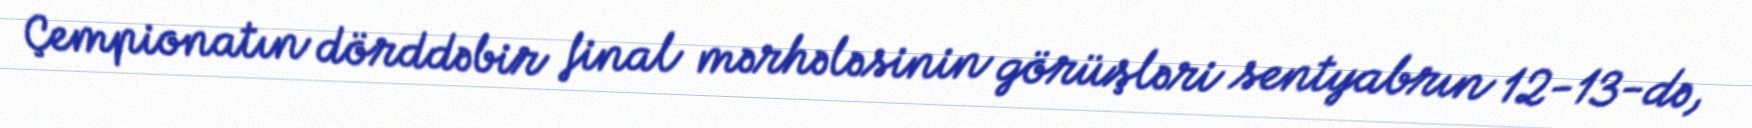
Çempionatın dörddəbir final mərhələsinin görüşləri sentyabrın 12-13-də,